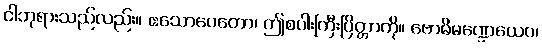
ငါဘုရားသည်လည်း။ ဧသောပေတော၊ ဤစပါးကြီးပြိတ္တာကို။ ဗောဓိမဏ္ဍေယေဝ၊